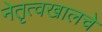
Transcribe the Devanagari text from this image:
नेतृत्वखालचे